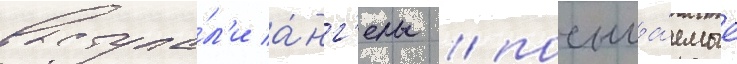
выступа́л'и а́нг'елы / посыла́емые